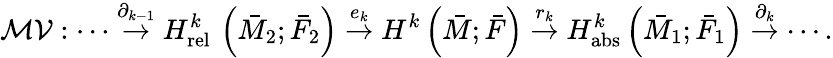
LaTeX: \mathcal{MV}:\cdots\stackrel{\partial_{k-1}}\rightarrow H_{\mathrm{rel~}}^{k}\left(\bar{M}_{2};\bar{F}_{2}\right)\stackrel{e_{k}}{\rightarrow}H^{k}\left(\bar{M};\bar{F}\right)\stackrel{r_{k}}{\rightarrow}H_{\mathrm{abs}}^{k}\left(\bar{M}_{1};\bar{F}_{1}\right)\stackrel{\partial_{k}}{\rightarrow}\cdots.